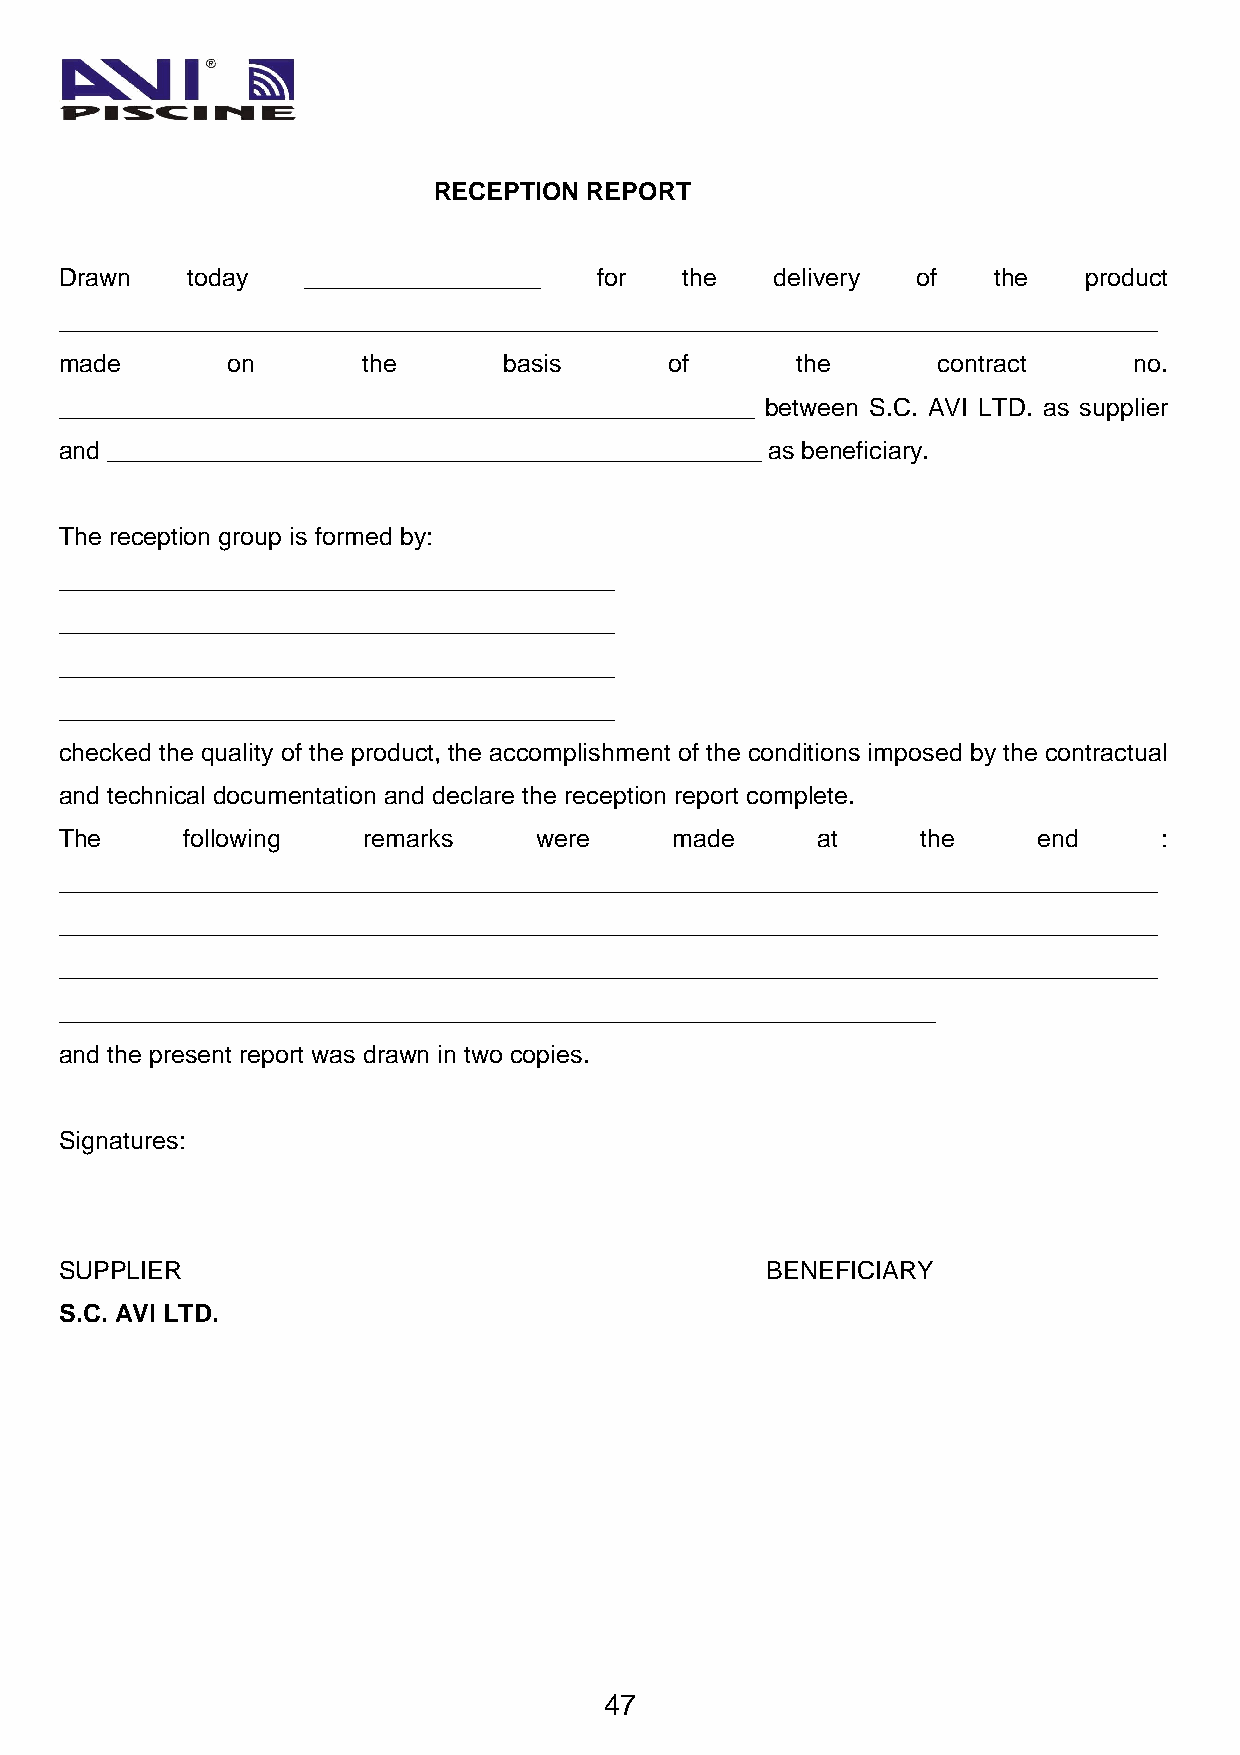
RECEPTION REPORT
 Drawn   today   _________________   for  the   delivery  of   the   product
 _______________________________________________________________________________
 made       on       the      basis      of       the      contract     no.
 __________________________________________________ between S.C. AVI LTD. as supplier
 and _______________________________________________ as beneficiary.
 The reception group is formed by:
 ________________________________________
 ________________________________________
 ________________________________________
 ________________________________________
 checked the quality of the product, the accomplishment of the conditions imposed by the contractual
 and technical documentation and declare the reception report complete.
 The     following   remarks    were     made      at     the     end     :
 _______________________________________________________________________________
 _______________________________________________________________________________
 _______________________________________________________________________________
 _______________________________________________________________
 and the present report was drawn in two copies.
 Signatures:
 SUPPLIER                                       BENEFICIARY
 S.C. AVI LTD.
 47